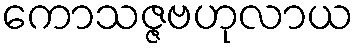
ကောသဇ္ဇဗဟုလာယ